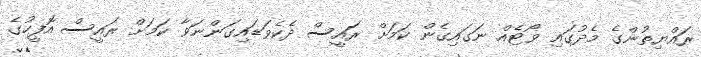
ރައްޔިތުންގެ މެދުގައި ވޯޓެއް ނަގައިގެން ކަމަށް ރައީސް ދެކެވަޑައިގަންނަވާ ކަމަށް ރައީސް އޮފީހުގެ